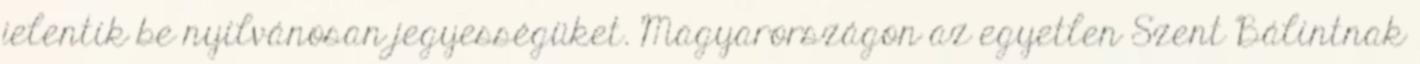
jelentik be nyilvánosan jegyességüket. Magyarországon az egyetlen Szent Bálintnak